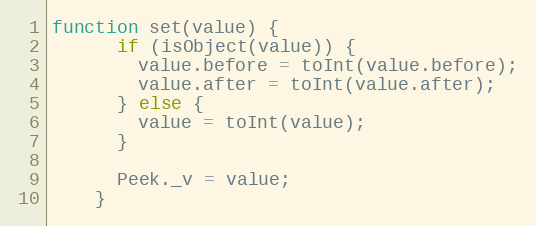
Language: JavaScript
function set(value) {
      if (isObject(value)) {
        value.before = toInt(value.before);
        value.after = toInt(value.after);
      } else {
        value = toInt(value);
      }

      Peek._v = value;
    }